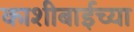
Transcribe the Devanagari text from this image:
काशीबाईच्या